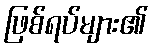
ဖြစ်ရပ်များ၏